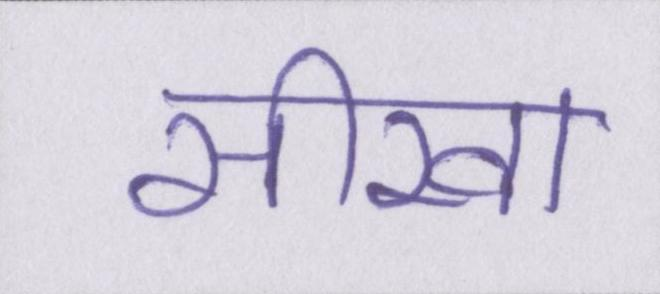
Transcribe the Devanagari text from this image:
सीखा